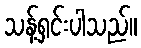
သန့်ရှင်းပါသည်။